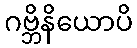
ဂဗ္ဘိနိယောပိ